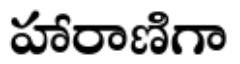
హారాణిగా